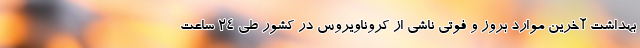
بهداشت آخرین موارد بروز و فوتی ناشی از کروناویروس در کشور طی ۲۴ ساعت